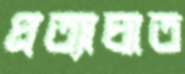
প্রত্যাঘাত